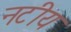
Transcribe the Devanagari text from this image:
नटीय